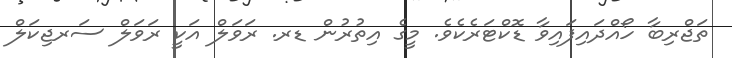
ތަޖްރިބާ ހޯއްދައިފައިވާ ޑޮކްޓަރެކެވެ. މީގެ އިތުރުން ޑރ. ރަވަލް އަކީ ރަވަލް ސަރޖިކަލް